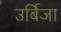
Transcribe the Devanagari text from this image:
उर्बिजा